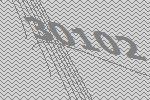
30102